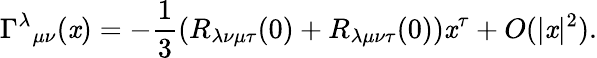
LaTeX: {\Gamma^{\lambda}}_{\mu\nu}(\mathit{x})=-{\frac{{1}}{{3}}}(R_{\lambda\nu\mu\tau}(0)+R_{\lambda\mu\nu\tau}(0))\mathit{x}^{\tau}+O(|\mathit{x}|^{2}).